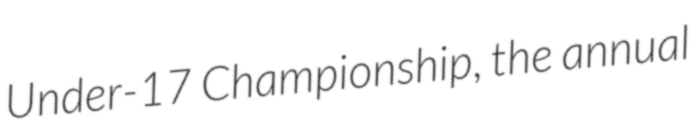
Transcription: Under-17 Championship, the annual